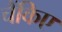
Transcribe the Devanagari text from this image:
चैंकिए